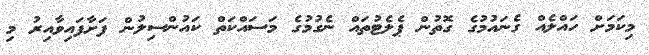
މިކަމަށް ހައްލެއް ގެނައުމުގެ ގޮތުން ޕެލެޓުތައް ނެގުމުގެ މަސައްކަތް ކައުންސިލުން ފަށާފައިވާއިރު މި